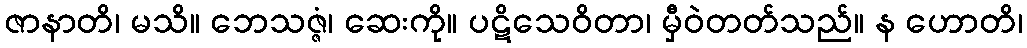
ဇာနာတိ၊ မသိ။ ဘေသဇ္ဇံ၊ ဆေးကို။ ပဋိသေဝိတာ၊ မှီဝဲတတ်သည်။ န ဟောတိ၊